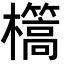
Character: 㰏